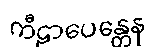
ကီဠာပေန္တေန